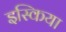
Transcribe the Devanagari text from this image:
इस्किया